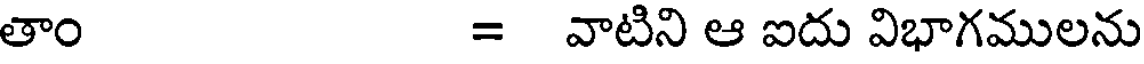
తాం = వాటిని ఆ ఐదు విభాగములను